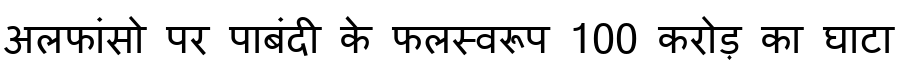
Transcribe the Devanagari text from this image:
अलफांसो पर पाबंदी के फलस्वरूप 100 करोड़ का घाटा